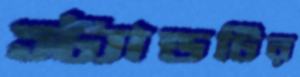
স্ট্যান্ডটির